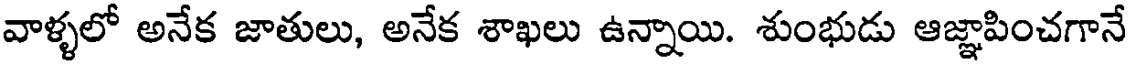
వాళ్ళలో అనేక జాతులు, అనేక శాఖలు ఉన్నాయి. శుంభుడు ఆజ్ఞాపించగానే